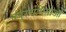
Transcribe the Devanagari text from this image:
चंपूरचयिताओं